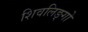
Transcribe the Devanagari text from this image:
शिवलिङ्गो